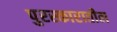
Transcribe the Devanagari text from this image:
पुरस्कारातील